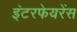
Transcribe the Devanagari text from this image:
इंटरफेयरेंस